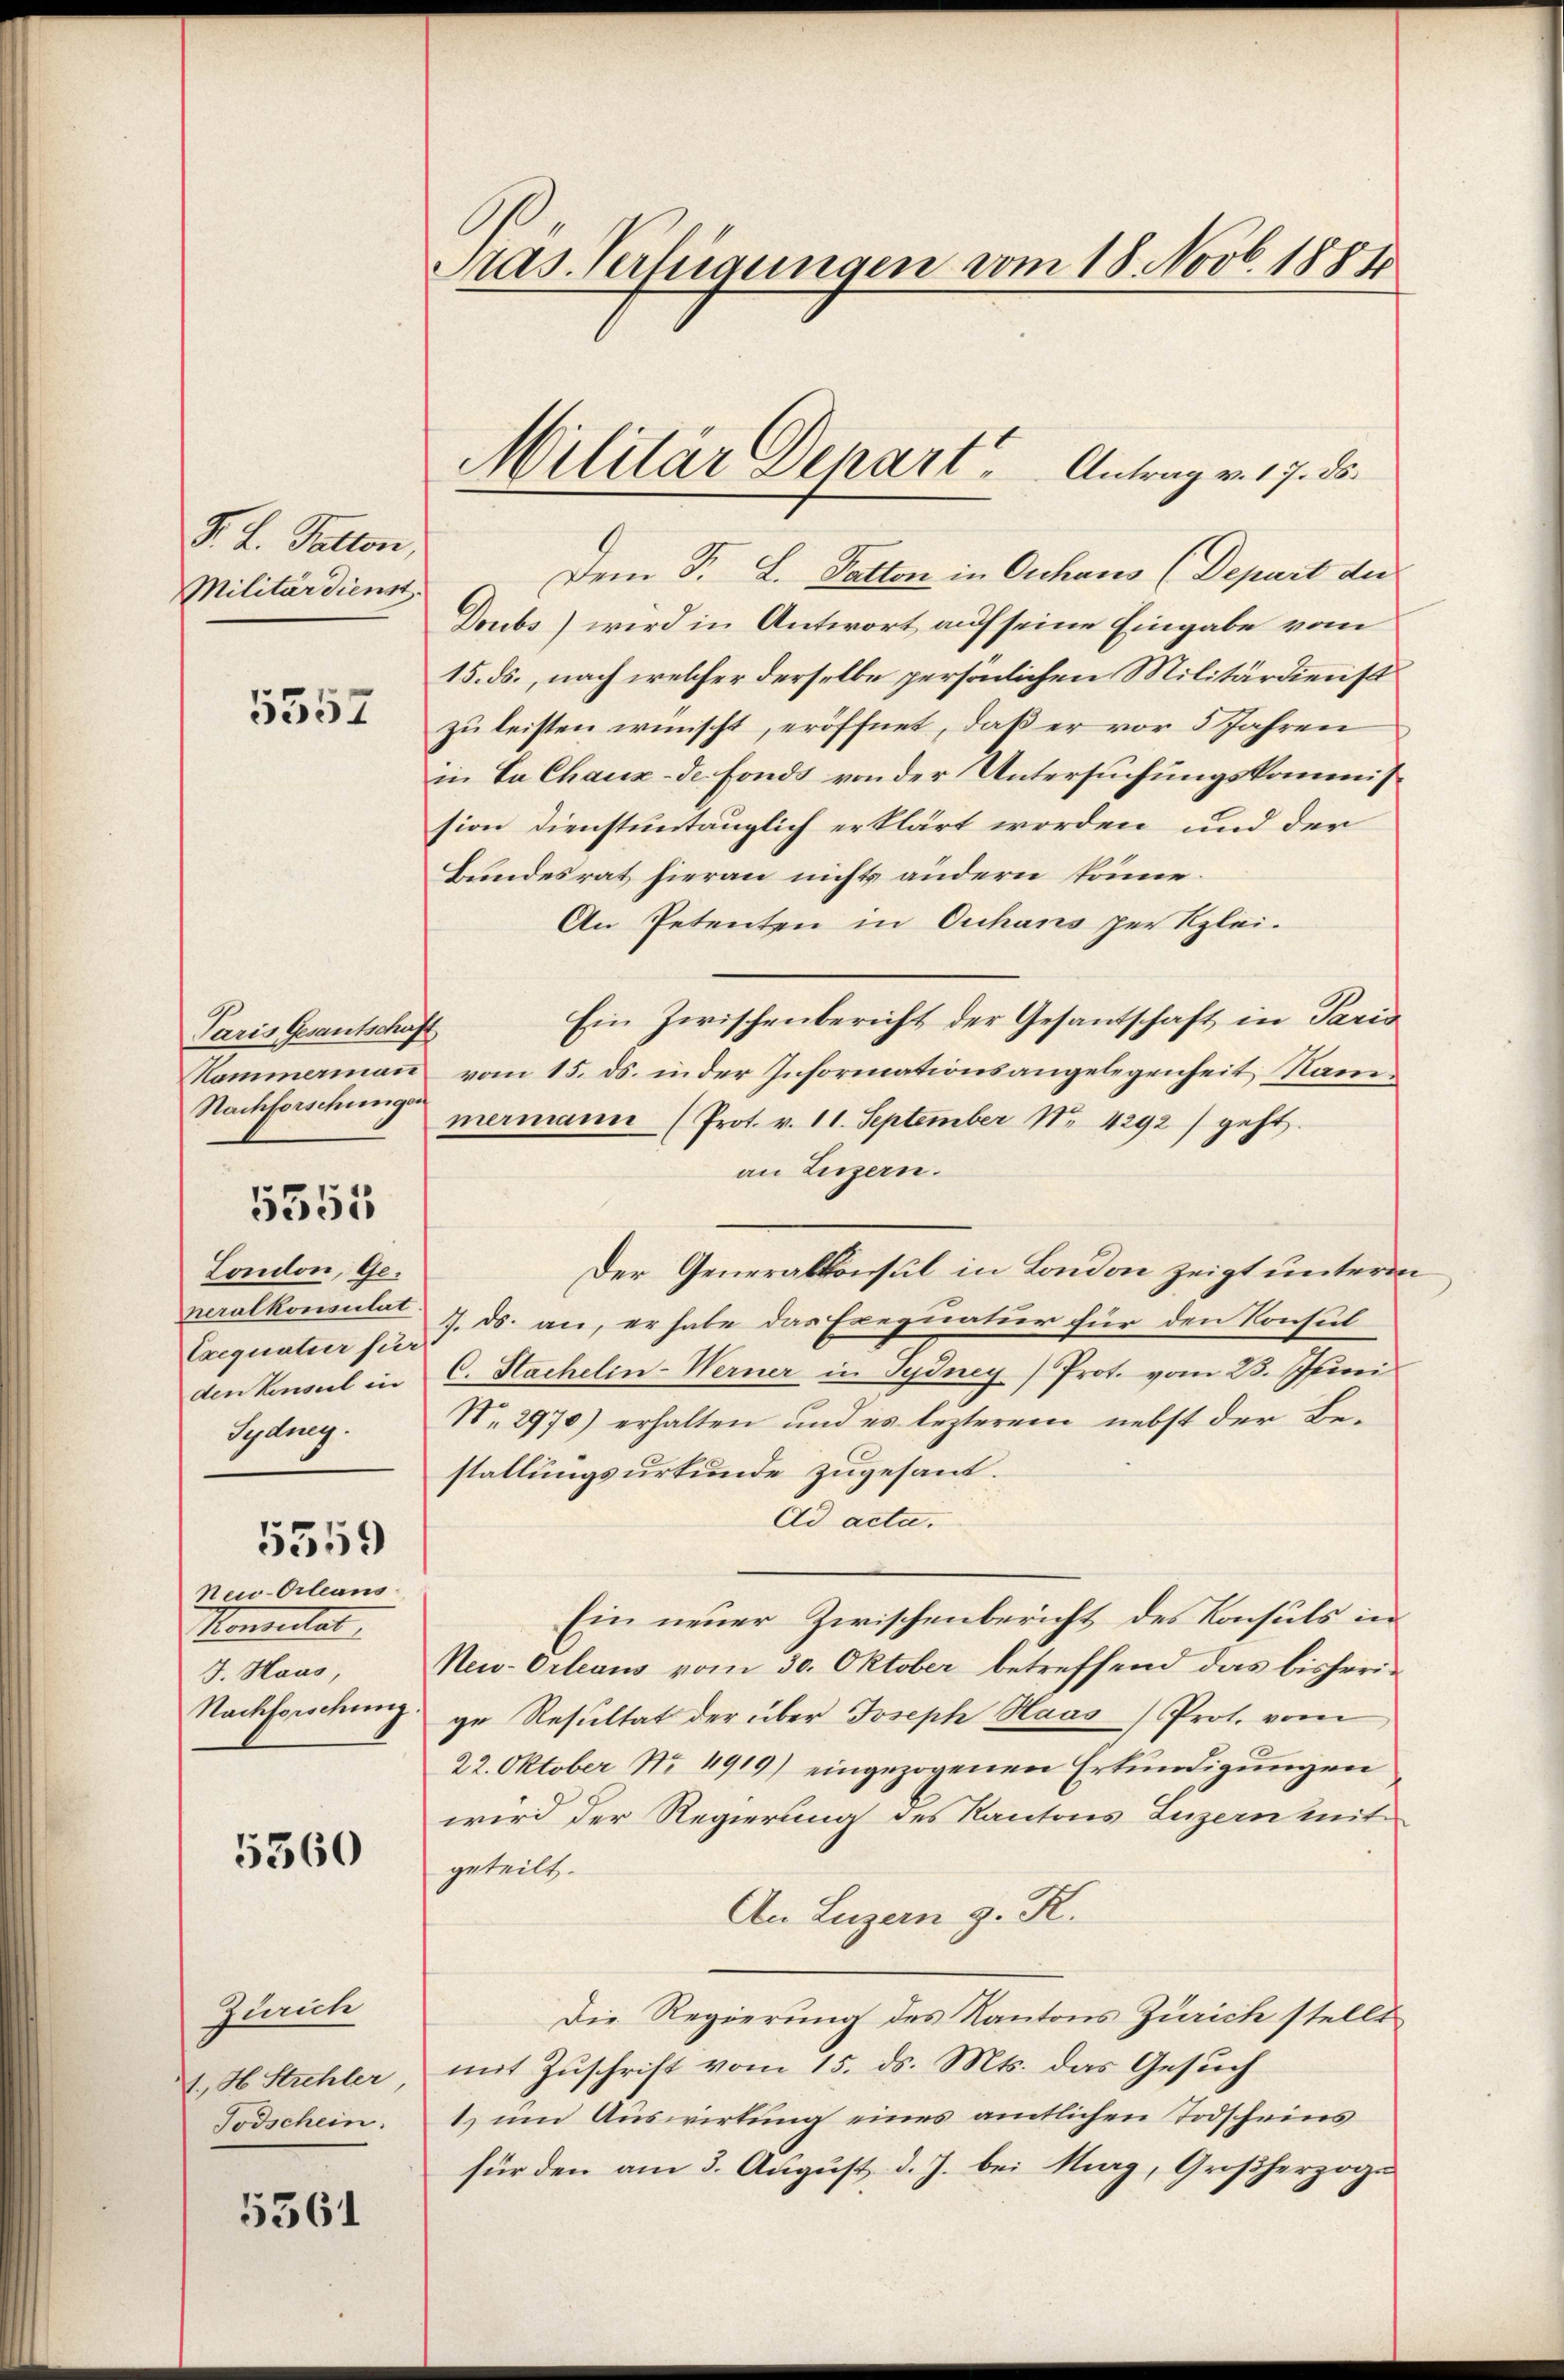
F. L. Falten
Militärdienst

5357

Paris Gesantschaft
Kammerman
Nachforschunger

5355

London, Generalkonsulat
Exequatur für
den Konsul in
Sydney.

5559

Neu-Orleans
Monstal
J. Haus,
Nachforschung

5360

Zürich
A. H. Strehler,
Todschein.

5361

Pras. Verlegungen vom 18. Novb. 1888

Militär Depart, Antrag v. 17. ds.

Dem F. L. Paston in Orchaus (Depart die
Doubs) wird in Antwort auf seine Eingabe vom
15. ds., nach welcher derselbe persönlichen Militärdienst
zu leisten wischt, eröffnet, daß er vor 5 Jahren
in La Chaux-de Fonds von der Untersuchungskommission dienstuntauglich erklärt worden und der
Bundesrat hieran nichts andern könne.
An Petenten in Ouhans per Klei¬
Ein Zwischenbericht der Gesantschaft in Paris
vom 15. ds. in der Informationsangelegenheit Nammermann (Prot. v. 11. September Nr. 4292) geht.
an Luzern.
Der Generalkonsul in London zeigt unterm
7. ds. an, er habe das Exequatur für den Konsul
C. Sachelin-Werner in Pydney) Prot. vom 23. Juri
No. 2970) erhalten und es lezterem nebst der Be-
stallungsurkunde zugesant.
Ad acta.
Ein neuer Zwischenbericht des Konsuls in
New-Orleaus vom 30. Oktober betreffend das bisherige Resultat der über Joseph Haas Prot. vom
22. Oktober Nr. 4919) eingezogenen Erkundigungen
wird der Regierung des Kantons Luzern mit
geteilt.
An Luzern z. R.
Die Regierung des Kantons Zürich stellt
mit Zuschrift vom 15. ds. Mts. das Gesuch
t um Auswirkung eines amtlichen Todscheins
für den am 3. August d. J. bei Mag, Großherzoge